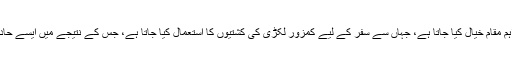
افریقہ سے یورپ میں پناہ کے خواہش مندوں کے لیے لیبیا ایک اہم مقام خیال کیا جاتا ہے، جہاں سے سفر کے لیے کمزور لکڑی کی کشتیوں کا استعمال کیا جاتا ہے، جس کے نتیجے میں ایسے حادثات کے سبب سینکڑوں افراد موت کے منہ میں چلے جاتے ہیں۔